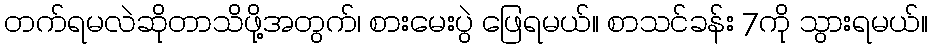
တက်ရမလဲဆိုတာသိဖို့အတွက်၊ စားမေးပွဲ ဖြေရမယ်။ စာသင်ခန်း 7ကို သွားရမယ်။